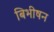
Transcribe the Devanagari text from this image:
बिभीषन